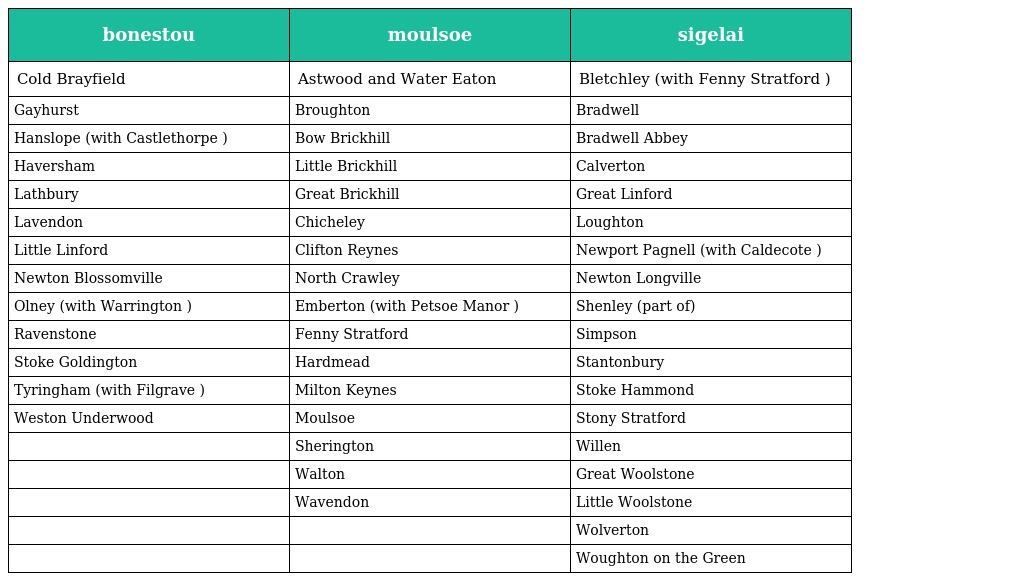
| bonestou | moulsoe | sigelai |
 | --- | --- | --- |
 | Cold Brayfield | Astwood and Water Eaton | Bletchley (with Fenny Stratford ) |
 | Gayhurst | Broughton | Bradwell |
 | Hanslope (with Castlethorpe ) | Bow Brickhill | Bradwell Abbey |
 | Haversham | Little Brickhill | Calverton |
 | Lathbury | Great Brickhill | Great Linford |
 | Lavendon | Chicheley | Loughton |
 | Little Linford | Clifton Reynes | Newport Pagnell (with Caldecote ) |
 | Newton Blossomville | North Crawley | Newton Longville |
 | Olney (with Warrington ) | Emberton (with Petsoe Manor ) | Shenley (part of) |
 | Ravenstone | Fenny Stratford | Simpson |
 | Stoke Goldington | Hardmead | Stantonbury |
 | Tyringham (with Filgrave ) | Milton Keynes | Stoke Hammond |
 | Weston Underwood | Moulsoe | Stony Stratford |
 |  | Sherington | Willen |
 |  | Walton | Great Woolstone |
 |  | Wavendon | Little Woolstone |
 |  |  | Wolverton |
 |  |  | Woughton on the Green |